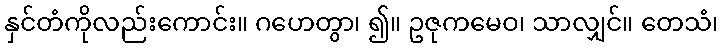
နှင်တံကိုလည်းကောင်း။ ဂဟေတွာ၊ ၍။ ဥဇုကမေဝ၊ သာလျှင်။ တေသံ၊